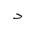
Letter: _dal